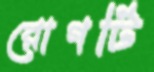
রোগটি